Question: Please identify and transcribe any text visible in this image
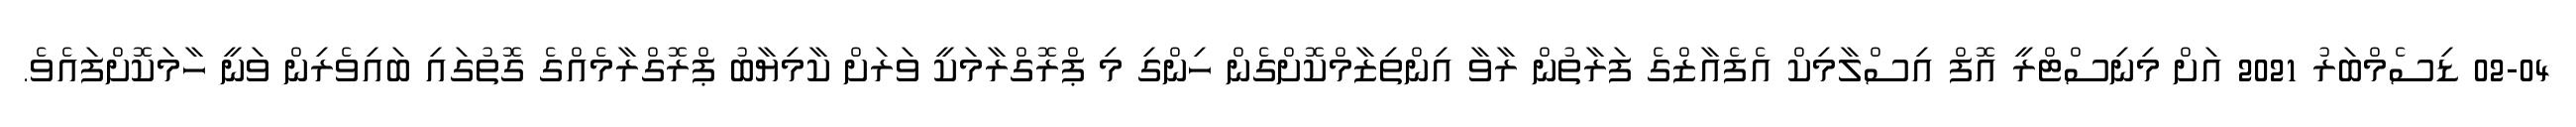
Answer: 02-04 ޑިސެމްބަރު 2021 އަށް މިނިސްޓްރީ އޮފް އިސްލާމިކް އެފެއާޒްގެ ފަރާތުން ރާވާ އިންތިޒާމްކޮށްގެން ހިންގި މި ޕްރޮގްރާމަކީ ވަރަށް ކާމިޔާބު ޕްރޮގްރާމެއްގެ ގޮތުގައި ބައިވެރިން ވަނީ ހާމަކޮށްފައެވެ.